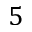
5